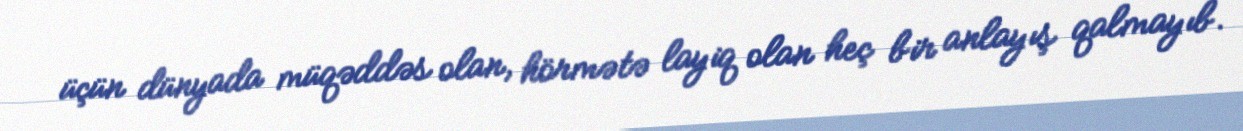
üçün dünyada müqəddəs olan, hörmətə layiq olan heç bir anlayış qalmayıb.